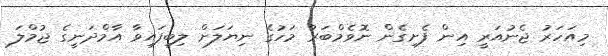
މިއަހަރު ޖެނުއަރީ އިން ފެށިގެން ނޮވެމްބަރު މަހުގެ ނިޔަލަށް ލިބިފައިވާ އާމްދަނީގެ ޖުމްލަ